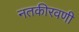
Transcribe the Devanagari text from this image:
नतकीरवणी